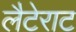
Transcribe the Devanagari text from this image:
लैटेराट